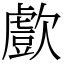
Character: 㱆